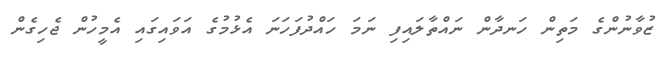
ޒުވާނުންގެ މަތިން ހަނދާން ނައްތާލައިފި ނަމަ ހައްދުފަހަނަ އެޅުމުގެ އަވައިގައި އެމީހުން ޖެހިގެން